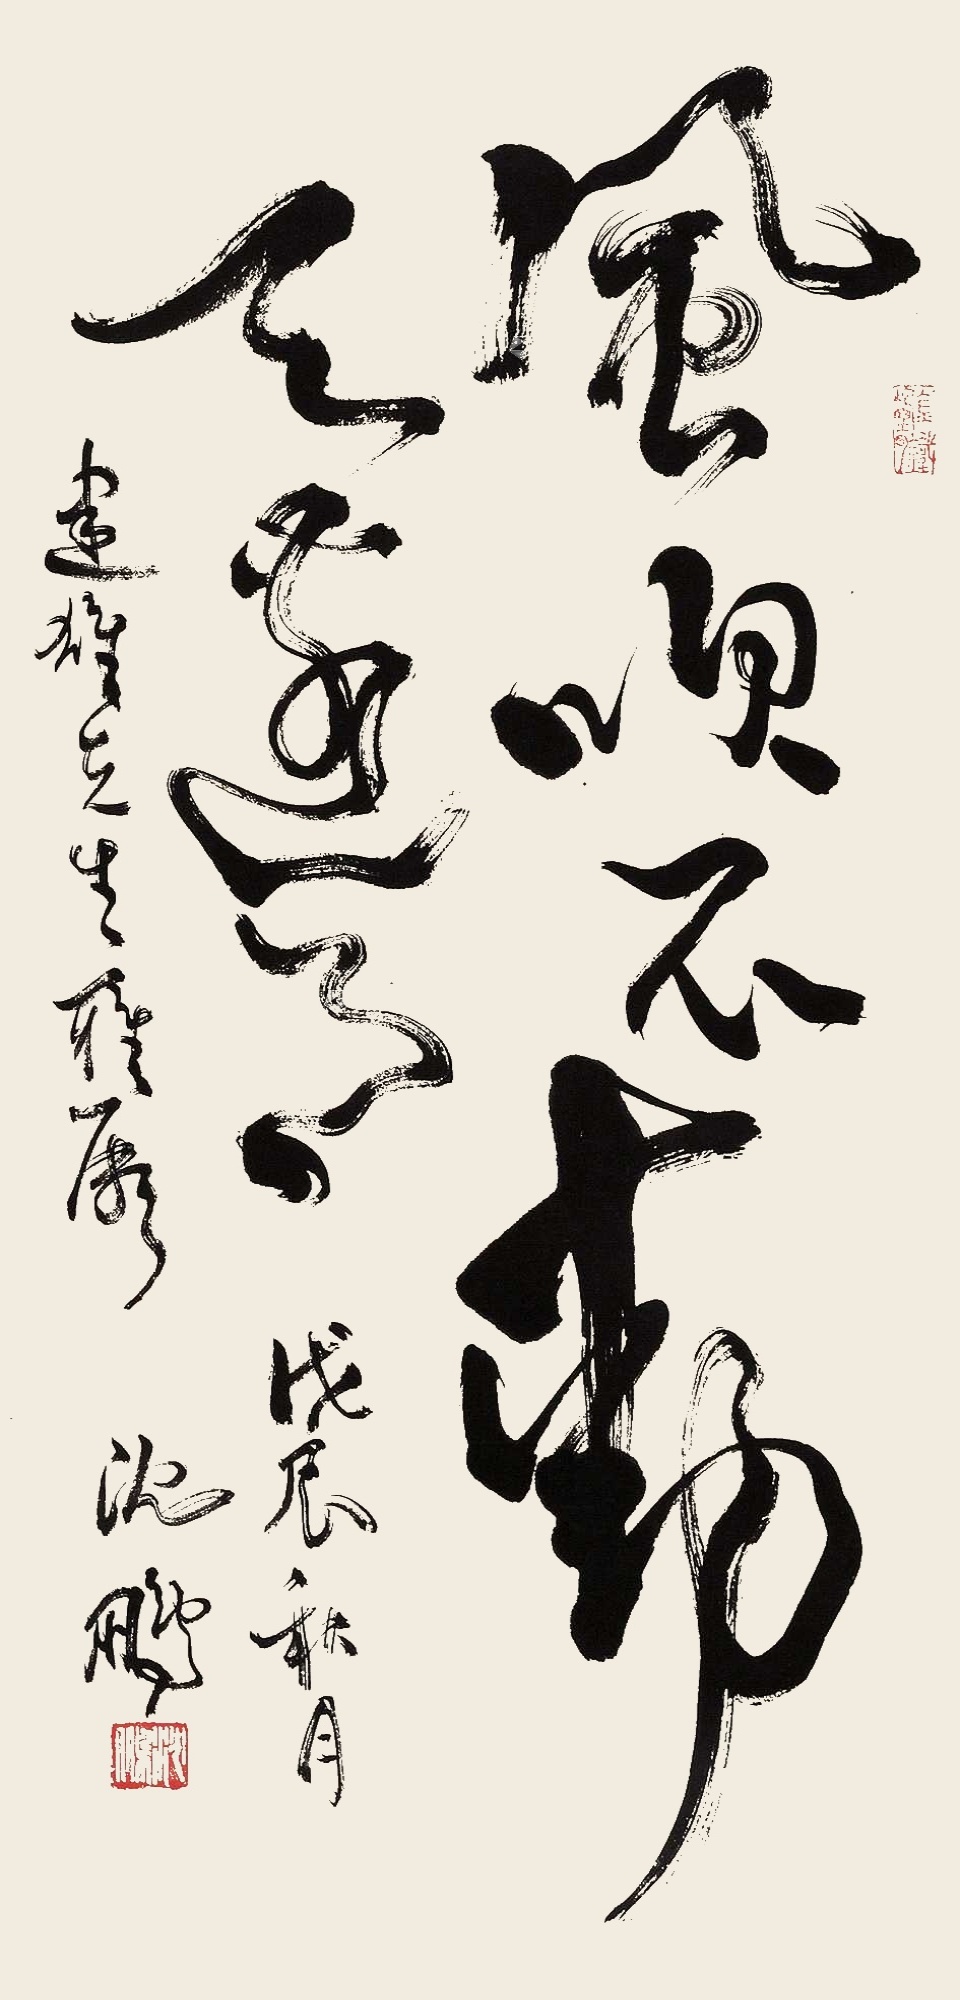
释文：风吹不动天边月。建雄先生雅属。戊辰秋月，沈鹏。